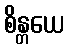
စိန္တယေ